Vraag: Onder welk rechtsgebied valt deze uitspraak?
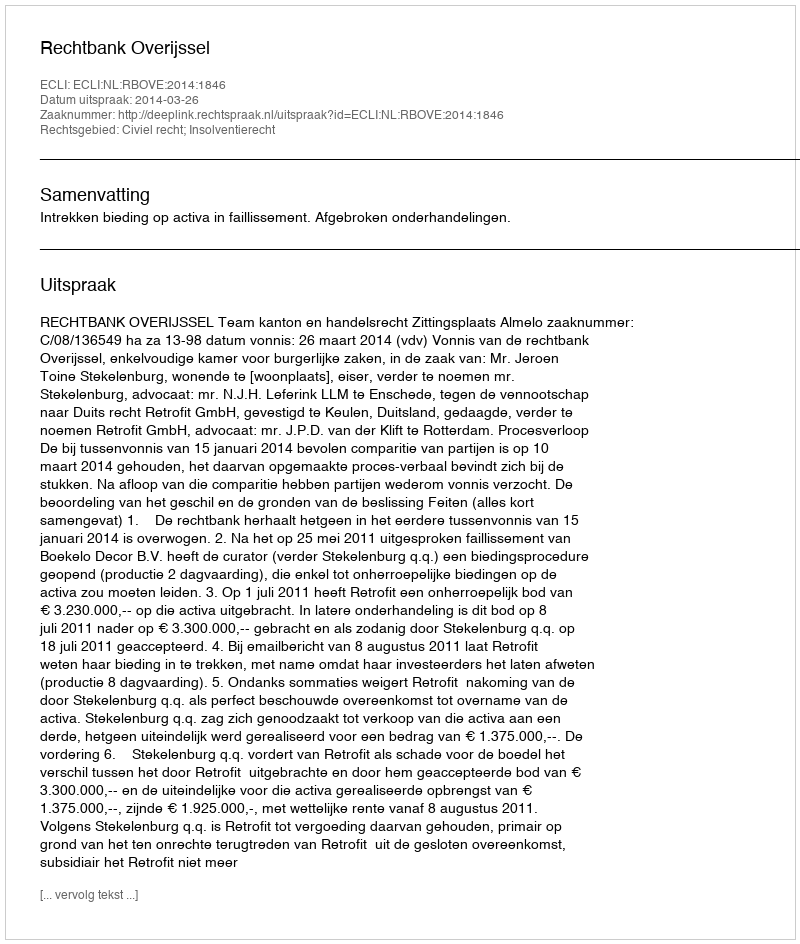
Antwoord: Civiel recht; Insolventierecht